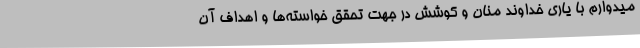
میدوارم با یاری خداوند منان و کوشش در جهت تحقق خواسته‌ها و اهداف آن